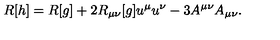
R [ h ] = R [ g ] + 2 R _ { \mu \nu } [ g ] u ^ { \mu } u ^ { \nu } - 3 A ^ { \mu \nu } A _ { \mu \nu } .